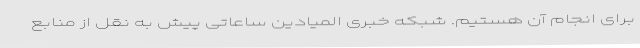
برای انجام آن هستیم. شبکه خبری المیادین ساعاتی پیش به نقل از منابع